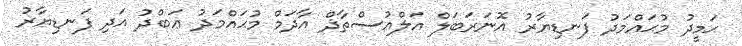
ޙަމީދު މުޙައްމަދު ފަނޑިޔާރު އޮނަރަބަލް އަލްއުސްތާޛް އާދަމް މުޙައްމަދު ޢަބްދު އަދި ފަނޑިޔާރު